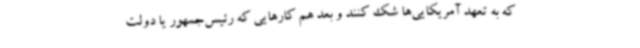
که به تعهد آمریکایی‌ها شک کنند و بعد هم کارهایی که رئیس‌جمهور یا دولت